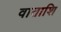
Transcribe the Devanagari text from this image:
वाताशि